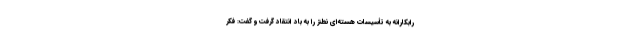
رابکارانه به تأسیسات هسته‌ای نطنز را به باد انتقاد گرفت و گفت: فکر